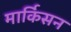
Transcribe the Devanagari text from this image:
मार्किसन